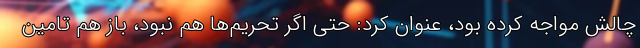
چالش مواجه کرده بود، عنوان کرد: حتی اگر تحریم‌ها هم نبود، باز هم تامین